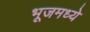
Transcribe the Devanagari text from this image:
भूजमध्ये